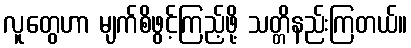
လူတွေဟာ မျက်စိဖွင့်ကြည့်ဖို့ သတ္တိနည်းကြတယ်။